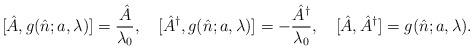
LaTeX: \begin{align*}[\hat A, g(\hat n; a,\lambda)]=\frac{\hat A}{\lambda_0},\ \ \ [\hat A^{\dagger}, g(\hat n; a,\lambda)]=-\frac{\hat A^{\dagger}}{\lambda_0}, \ \ \ [\hat A, \hat A^{\dagger}] =g(\hat n; a,\lambda). \end{align*}